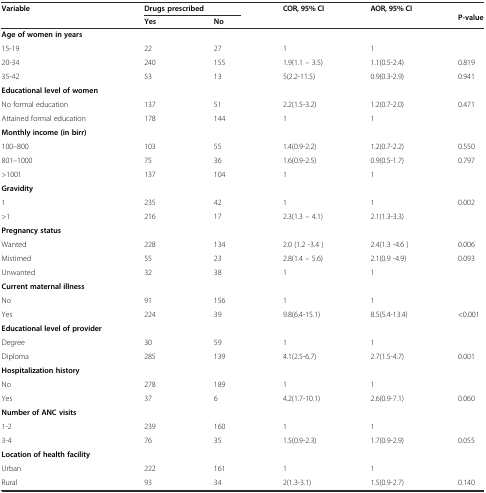
<table><thead><tr><td><b>Variable</b></td><td colspan="2"><b>Drugs prescribed</b></td><td><b>COR, 95% CI</b></td><td><b>AOR, 95% CI</b></td><td rowspan="2"><b>P-value</b></td></tr><tr><td></td><td><b>Yes</b></td><td><b>No</b></td><td colspan="2"></td></tr></thead><tbody><tr><td><b>Age of women in years</b></td><td></td><td></td><td></td><td></td><td></td></tr><tr><td>15-19</td><td>22</td><td>27</td><td>1</td><td>1</td><td></td></tr><tr><td>20-34</td><td>240</td><td>155</td><td>1.9(1.1 – 3.5)</td><td>1.1(0.5-2.4)</td><td>0.819</td></tr><tr><td>35-42</td><td>53</td><td>13</td><td>5(2.2-11.5)</td><td>0.9(0.3-2.9)</td><td>0.941</td></tr><tr><td><b>Educational level of women</b></td><td></td><td></td><td></td><td></td><td></td></tr><tr><td>No formal education</td><td>137</td><td>51</td><td>2.2(1.5-3.2)</td><td>1.2(0.7-2.0)</td><td>0.471</td></tr><tr><td>Attained formal education</td><td>178</td><td>144</td><td>1</td><td>1</td><td></td></tr><tr><td><b>Monthly income (in birr)</b></td><td></td><td></td><td></td><td></td><td></td></tr><tr><td>100–800</td><td>103</td><td>55</td><td>1.4(0.9-2.2)</td><td>1.2(0.7-2.2)</td><td>0.550</td></tr><tr><td>801–1000</td><td>75</td><td>36</td><td>1.6(0.9-2.5)</td><td>0.9(0.5-1.7)</td><td>0.797</td></tr><tr><td>&gt;1001</td><td>137</td><td>104</td><td>1</td><td>1</td><td></td></tr><tr><td><b>Gravidity</b></td><td></td><td></td><td></td><td></td><td></td></tr><tr><td>1</td><td>235</td><td>42</td><td>1</td><td>1</td><td>0.002</td></tr><tr><td>&gt;1</td><td>216</td><td>17</td><td>2.3(1.3 – 4.1)</td><td>2.1(1.3-3.3)</td><td></td></tr><tr><td><b>Pregnancy status</b></td><td></td><td></td><td></td><td></td><td></td></tr><tr><td>Wanted</td><td>228</td><td>134</td><td>2.0 (1.2 -3.4 )</td><td>2.4(1.3 -4.6 )</td><td>0.006</td></tr><tr><td>Mistimed</td><td>55</td><td>23</td><td>2.8(1.4 – 5.6)</td><td>2.1(0.9 -4.9)</td><td>0.093</td></tr><tr><td>Unwanted</td><td>32</td><td>38</td><td>1</td><td>1</td><td></td></tr><tr><td><b>Current maternal illness</b></td><td></td><td></td><td></td><td></td><td></td></tr><tr><td>No</td><td>91</td><td>156</td><td>1</td><td>1</td><td></td></tr><tr><td>Yes</td><td>224</td><td>39</td><td>9.8(6.4-15.1)</td><td>8.5(5.4-13.4)</td><td>&lt;0.001</td></tr><tr><td><b>Educational level of provider</b></td><td></td><td></td><td></td><td></td><td></td></tr><tr><td>Degree</td><td>30</td><td>59</td><td>1</td><td>1</td><td></td></tr><tr><td>Diploma</td><td>285</td><td>139</td><td>4.1(2.5-6.7)</td><td>2.7(1.5-4.7)</td><td>0.001</td></tr><tr><td><b>Hospitalization history</b></td><td></td><td></td><td></td><td></td><td></td></tr><tr><td>No</td><td>278</td><td>189</td><td>1</td><td>1</td><td></td></tr><tr><td>Yes</td><td>37</td><td>6</td><td>4.2(1.7-10.1)</td><td>2.6(0.9-7.1)</td><td>0.060</td></tr><tr><td><b>Number of ANC visits</b></td><td></td><td></td><td></td><td></td><td></td></tr><tr><td>1-2</td><td>239</td><td>160</td><td>1</td><td>1</td><td></td></tr><tr><td>3-4</td><td>76</td><td>35</td><td>1.5(0.9-2.3)</td><td>1.7(0.9-2.9)</td><td>0.055</td></tr><tr><td><b>Location of health facility</b></td><td></td><td></td><td></td><td></td><td></td></tr><tr><td>Urban</td><td>222</td><td>161</td><td>1</td><td>1</td><td></td></tr><tr><td>Rural</td><td>93</td><td>34</td><td>2(1.3-3.1)</td><td>1.5(0.9-2.7)</td><td>0.140</td></tr></tbody></table>